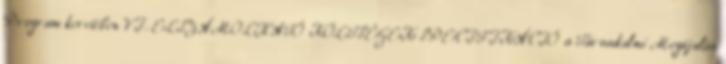
Program keretében VI. ELSZÁMOLHATÓ KÖLTSÉGEK SPECIFIKÁCIÓ a Társadalmi Megújulás